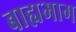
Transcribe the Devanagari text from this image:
बाह्यभाग